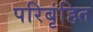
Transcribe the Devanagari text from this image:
परिबृंहित